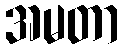
အမတာ